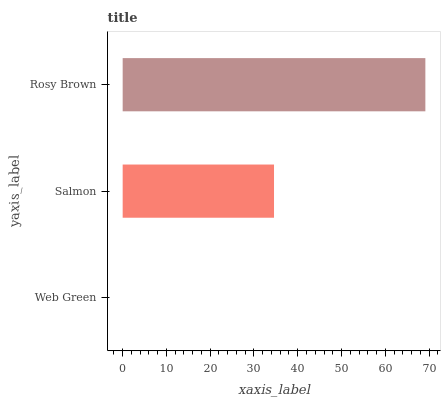
| yaxis_label | bars |
 | --- | --- |
 | Web Green | 0 |
 | Salmon | 34.6 |
 | Rosy Brown | 69.2 |